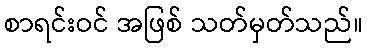
စာရင်းဝင် အဖြစ် သတ်မှတ်သည်။